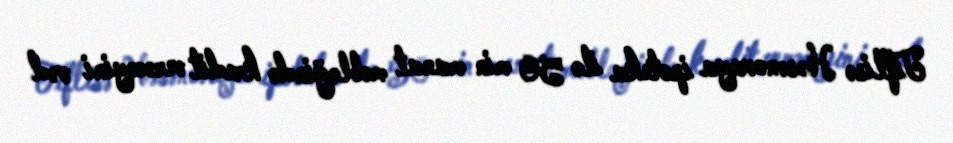
Tiflisə Həsənovaya ipoteka ilə 50 min manat məbləğində kredit verəcəyini vəd